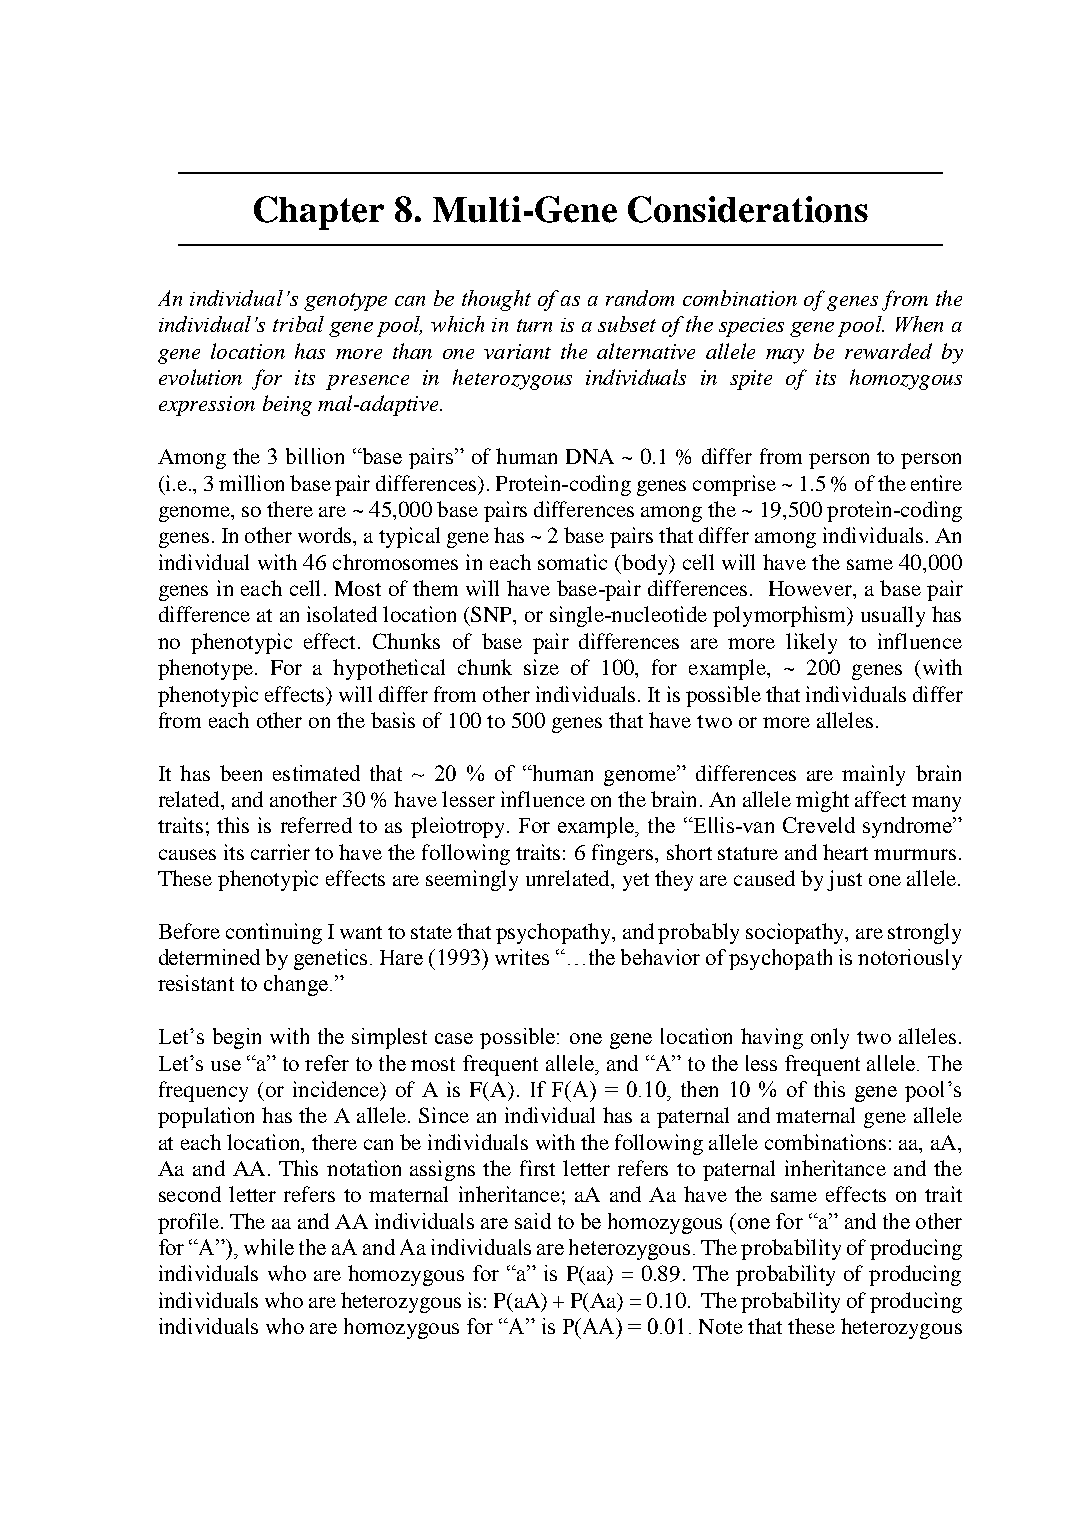
───────────────────────────────────────────────────
 Chapter  8. Multi-Gene  Considerations
 ───────────────────────────────────────────────────
 An individual’s genotype can be thought of as a random combination of genes from the
 individual’s tribal gene pool, which in turn is a subset of the species gene pool. When a
 gene location has more than one variant the alternative allele may be rewarded by
 evolution for its presence in heterozygous individuals in spite of its homozygous
 expression being mal-adaptive.
 Among the 3 billion “base pairs” of human DNA ~ 0.1 % differ from person to person
 (i.e., 3 million base pair differences). Protein-coding genes comprise ~ 1.5 % of the entire
 genome, so there are ~ 45,000 base pairs differences among the ~ 19,500 protein-coding
 genes. In other words, a typical gene has ~ 2 base pairs that differ among individuals. An
 individual with 46 chromosomes in each somatic (body) cell will have the same 40,000
 genes in each cell. Most of them will have base-pair differences. However, a base pair
 difference at an isolated location (SNP, or single-nucleotide polymorphism) usually has
 no phenotypic effect. Chunks of base pair differences are more likely to influence
 phenotype. For a hypothetical chunk size of 100, for example, ~ 200 genes (with
 phenotypic effects) will differ from other individuals. It is possible that individuals differ
 from each other on the basis of 100 to 500 genes that have two or more alleles.
 It has been estimated that ~ 20 % of “human genome” differences are mainly brain
 related, and another 30 % have lesser influence on the brain. An allele might affect many
 traits; this is referred to as pleiotropy. For example, the “Ellis-van Creveld syndrome”
 causes its carrier to have the following traits: 6 fingers, short stature and heart murmurs.
 These phenotypic effects are seemingly unrelated, yet they are caused by just one allele.
 Before continuing I want to state that psychopathy, and probably sociopathy, are strongly
 determined by genetics. Hare (1993) writes “…the behavior of psychopath is notoriously
 resistant to change.”
 Let’s begin with the simplest case possible: one gene location having only two alleles.
 Let’s use “a” to refer to the most frequent allele, and “A” to the less frequent allele. The
 frequency (or incidence) of A is F(A). If F(A) = 0.10, then 10 % of this gene pool’s
 population has the A allele. Since an individual has a paternal and maternal gene allele
 at each location, there can be individuals with the following allele combinations: aa, aA,
 Aa and AA. This notation assigns the first letter refers to paternal inheritance and the
 second letter refers to maternal inheritance; aA and Aa have the same effects on trait
 profile. The aa and AA individuals are said to be homozygous (one for “a” and the other
 for “A”), while the aA and Aa individuals are heterozygous. The probability of producing
 individuals who are homozygous for “a” is P(aa) = 0.89. The probability of producing
 individuals who are heterozygous is: P(aA) + P(Aa) = 0.10. The probability of producing
 individuals who are homozygous for “A” is P(AA) = 0.01. Note that these heterozygous